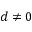
d \neq 0